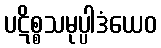
ပဋိစ္စသမုပ္ပါဒံယေဝ